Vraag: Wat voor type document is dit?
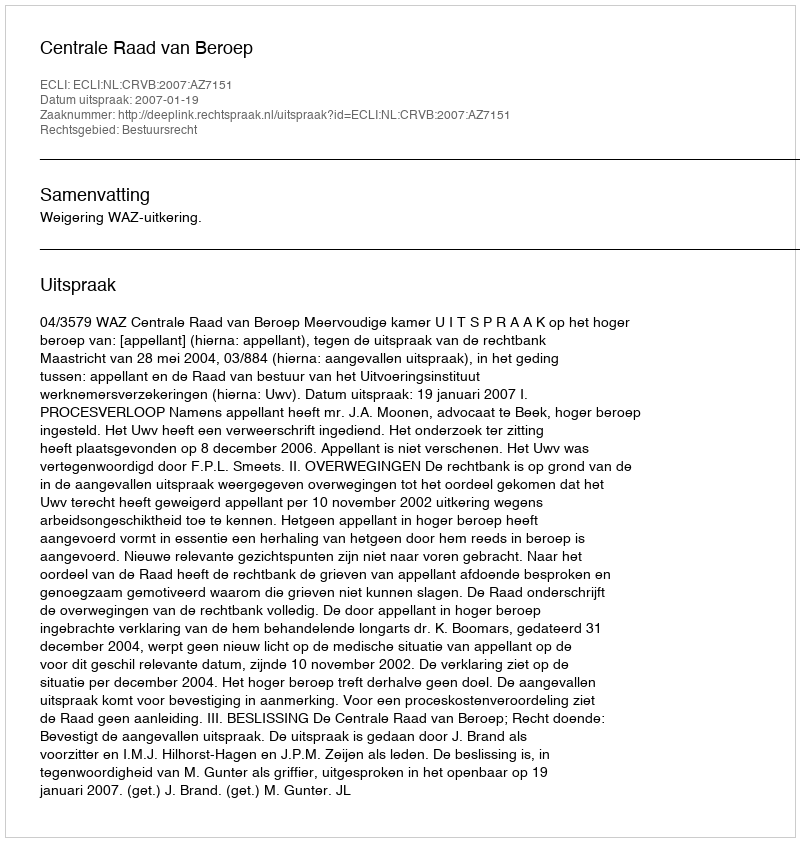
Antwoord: Uitspraak